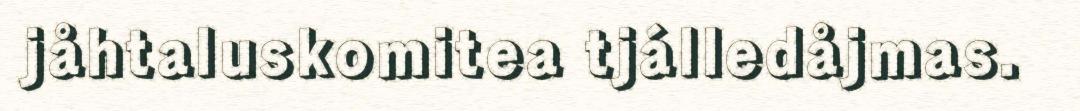
jåhtaluskomitea tjálledåjmas.